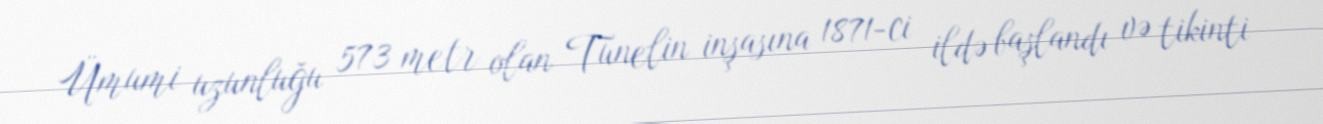
Ümumi uzunluğu 573 metr olan Tunelin inşasına 1871-ci ildə başlandı və tikinti